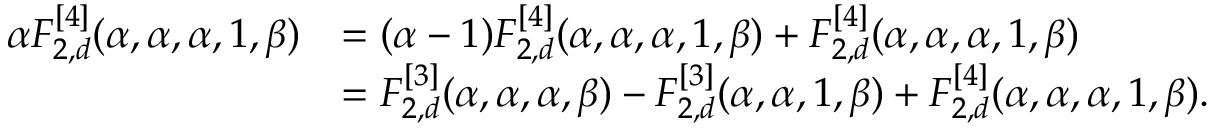
\begin{array} { r l } { \alpha F _ { 2 , d } ^ { [ 4 ] } ( \alpha , \alpha , \alpha , 1 , \beta ) } & { = ( \alpha - 1 ) F _ { 2 , d } ^ { [ 4 ] } ( \alpha , \alpha , \alpha , 1 , \beta ) + F _ { 2 , d } ^ { [ 4 ] } ( \alpha , \alpha , \alpha , 1 , \beta ) } \\ & { = F _ { 2 , d } ^ { [ 3 ] } ( \alpha , \alpha , \alpha , \beta ) - F _ { 2 , d } ^ { [ 3 ] } ( \alpha , \alpha , 1 , \beta ) + F _ { 2 , d } ^ { [ 4 ] } ( \alpha , \alpha , \alpha , 1 , \beta ) . } \end{array}